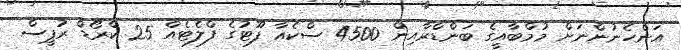
އަންހެނުންނަށް މުމްބާއީގެ ބަންޑްރާއިން 4500 ސްކެއާ ފޫޓުގެ ފްލެޓެއް 25 ކްރޯޑް ރުޕީސް